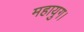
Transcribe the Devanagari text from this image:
महायुग।